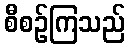
စီစဉ်ကြသည်